Civil Veterinary Dept. Bombay admin report 1923-31 - 1923-1931
Year: 1923
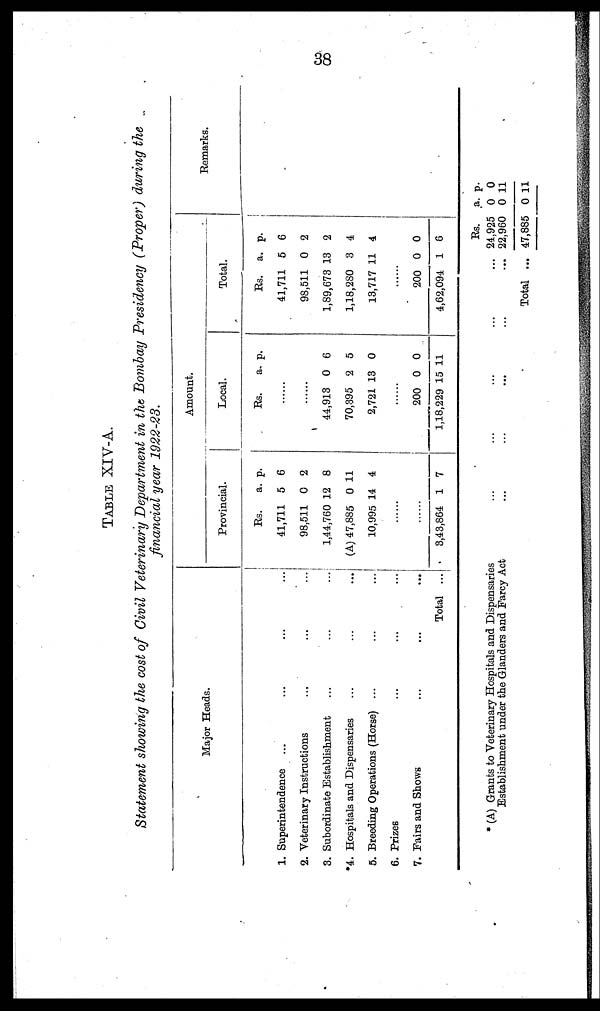
38
TABLE XIV-A.
Statement showing the cost of Civil Veterinary Department in the Bombay Presidency (Proper) during the
financial year 1922-23.
Major Heads.
1. Superintendence ... ... ...
2. Veterinary Instructions
...
...
...
3. Subordinate Establishment ... ... ...
*4. Hospitals and Dispensaries
...
...
...
5. Breeding Operations (Horse) ... ... ...
6. Prizes ... ... ...
7. Fairs and Shows
...
...
...
Total ...
Amount.
Provincial.
Rs.
41,711
98,511
1,44,760 1
(A) 47,885
10,995 1
a.
5
0
2
0
4
p.
6
2
8
11
4
.......
.......
3,43,864 1 7
Local.
Rs.
a. p.
.......
.......
44,913
70,395
2,721
0
2
13
6
5
0
.......
200
1,18,229 1
0
5 1
0
1
Total.
Rs.
41,711
98,511
1,89,673
1,18,280
13,717 1
a.
5
0
13
3
1 4
p.
6
2
2
4
.......
200
4,62,094
0
1
0
8
Remarks.
* (A) Grants to Veterinary Hospitals and Dispensaries
Establishment under the Glanders and Farcy Act
Total
Rs.
24,925
22,960
47,885
a.
0
0
0
p.
0
11
11